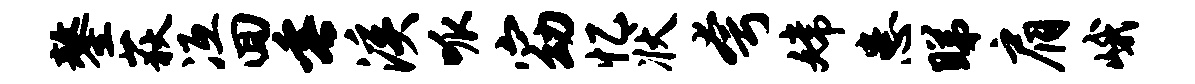
鏊荻冱回垂溪呱窈忆状夸嫦患睇肩峨